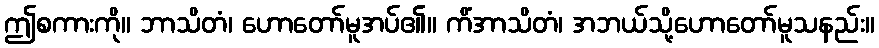
ဤစကားကို။ ဘာသိတံ၊ ဟောတော်မူအပ်၏။ ကိံအာသိတံ၊ အဘယ်သို့ဟောတော်မူသနည်း။